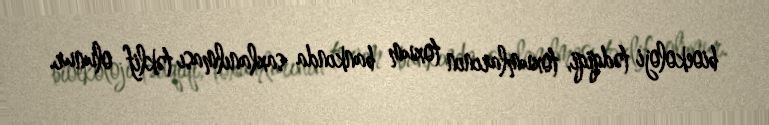
bioekoloji tədqiqi, toxumlarının toxum bankında saxlanılması təklif olunur.